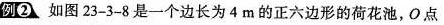
例② 如图23-3-8是一个边长为4m的正六边形的荷花池，O点